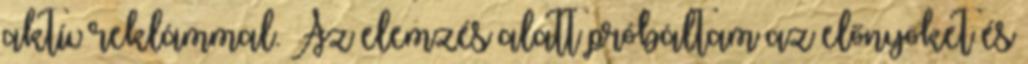
aktív reklámmal. Az elemzés alatt próbáltam az előnyöket és